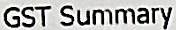
GST SUMMARY